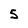
Character: 5